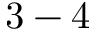
3 - 4